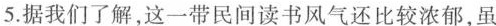
5.据我们了解，这一带民间读书风气还比较浓郁，虽